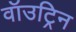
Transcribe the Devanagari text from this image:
वॉउट्रिन